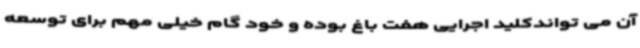
آن می تواندکلید اجرایی هفت باغ بوده و خود گام خیلی مهم برای توسعه